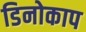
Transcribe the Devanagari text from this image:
डिनोकाप